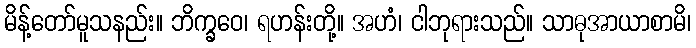
မိန့်တော်မူသနည်း။ ဘိက္ခဝေ၊ ရဟန်းတို့။ အဟံ၊ ငါဘုရားသည်။ သာဓုအာယာစာမိ၊